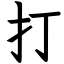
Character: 打